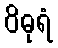
ဝိဓုရံ